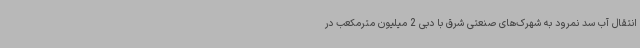
انتقال آب سد نمرود به شهرک‌های صنعتی شرق با دبی 2 میلیون مترمکعب در